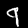
Label: 9